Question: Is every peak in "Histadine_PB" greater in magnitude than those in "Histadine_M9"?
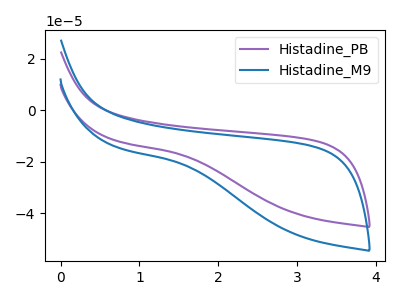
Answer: <think>The purple curve "Histadine_PB" has no peaks. The blue curve "Histadine_M9" has no peaks.</think>
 <answer>Niether CV has any peaks.</answer>
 <eval>blanks</eval>